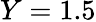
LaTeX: Y=1.5